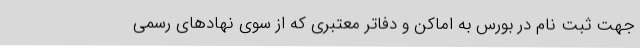
جهت ثبت نام در بورس به اماکن و دفاتر معتبری که از سوی نهادهای رسمی